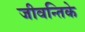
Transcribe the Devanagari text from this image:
जीवन्तिके